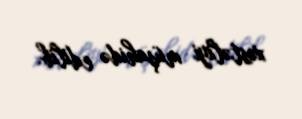
xəstəliyi müşahidə edilib.